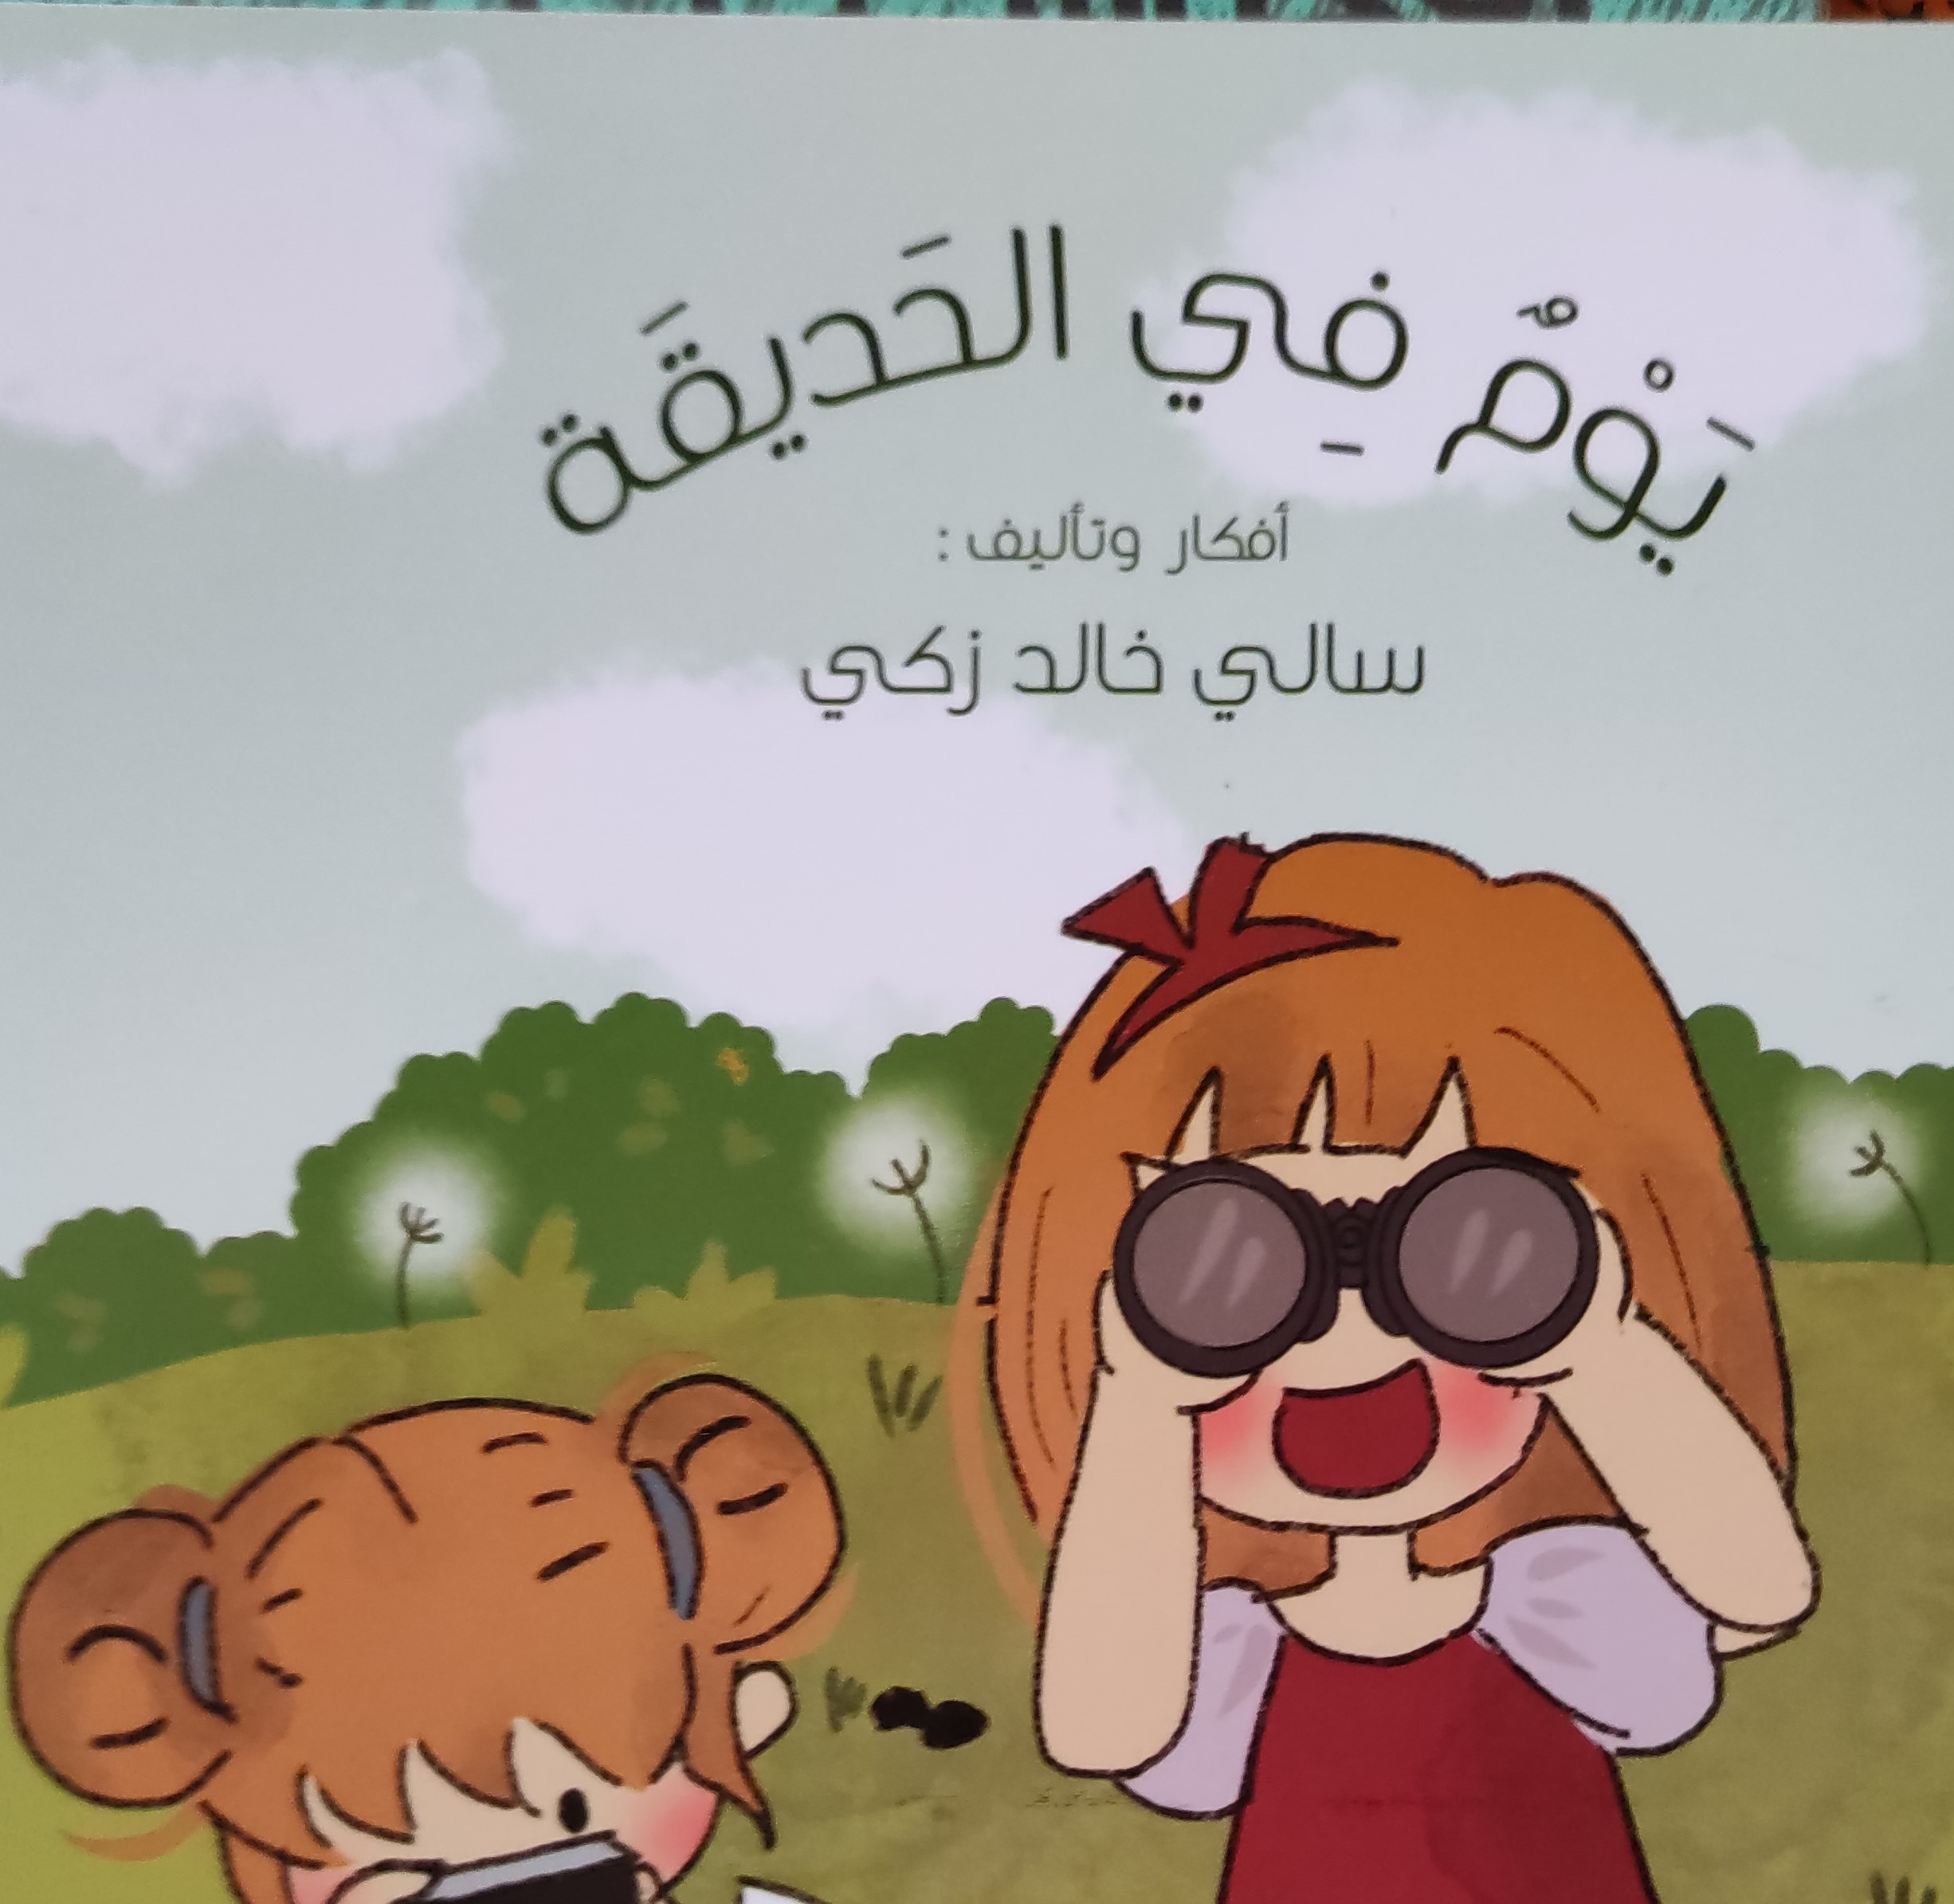
Text in image: في الحديقة يوم أفكار وتأليف: خالد سالي زكي